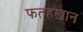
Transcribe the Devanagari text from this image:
फतहखान